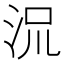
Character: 𬇡